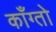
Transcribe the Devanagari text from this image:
काँग्तो